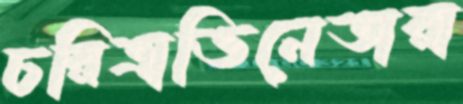
চরিত্রাভিনেতারা